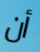
أن